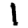
Digit: 1